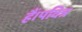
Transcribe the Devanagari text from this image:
हैं।पवित्र